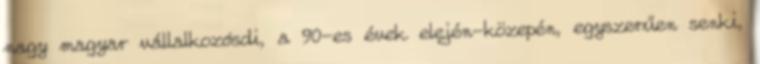
nagy magyar vállalkozósdi, a 90-es évek elején-közepén, egyszerűen senki,